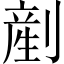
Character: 剷